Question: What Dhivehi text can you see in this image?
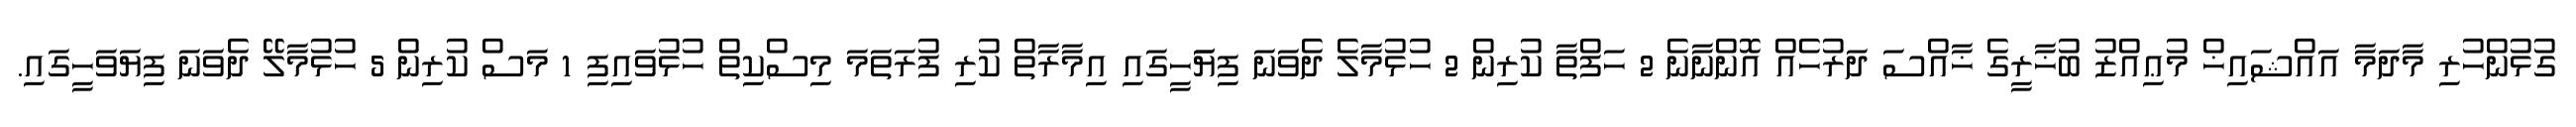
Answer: ގުޅުންހުރި މާދަމާ އައްޝައިޚް މުޢިއްޒު ބުޚާރީގެ ޚާއްސަ ދަރުހެއް އޮންނާނެ 2 ހަފްތާ ކުރިން 2 ހުޅުމާލެ ދެވަނަ ފިޔަަހީގައި އިމާރާތް ކުރި ފުރަތަމަ މިސްކިތް ހުޅުވައިފި 1 މަސް ކުރިން 5 ހުޅުމާލޭ ދެވަނަ ފިޔަވަހީގައި.